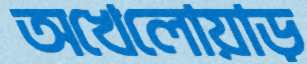
অখেলোয়াড়